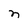
Character: n